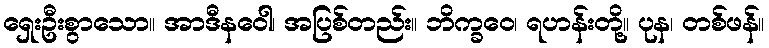
ရှေးဦးစွာသော။ အာဒီနဝေါ၊ အပြစ်တည်း။ ဘိက္ခဝေ၊ ရဟန်းတို့။ ပုန၊ တစ်ဖန်။